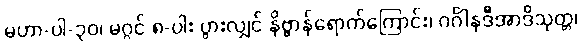
မဟာ-ပါ-၃၀၊ မဂ္ဂင် ၈-ပါး ပွားလျှင် နိဗ္ဗာန်ရောက်ကြောင်း၊ ဂင်္ဂါနဒီအာဒိသုတ္တ၊